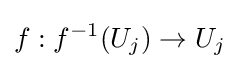
f:f^{-1}(U_{j})\rightarrow U_{j}